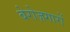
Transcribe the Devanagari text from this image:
बेरोज़गारों